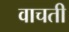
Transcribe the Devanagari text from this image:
वाचती